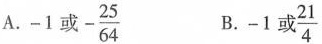
A.-1或- $$- \frac{25}{64}$$ B.- $$\frac{21}{4}$$